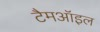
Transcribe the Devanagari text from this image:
टैमऑइल